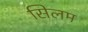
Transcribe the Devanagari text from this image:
सिलम